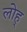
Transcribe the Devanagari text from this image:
लोह्